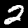
Digit: 2